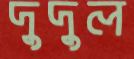
দুদুল